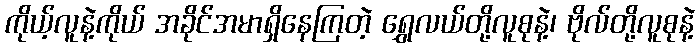
ကိုယ့်လူနဲ့ကိုယ် အခိုင်အမာရှိနေကြတဲ့ ရွှေလယ်တို့လူစုနဲ့၊ ဗိုလ်တို့လူစုနဲ့